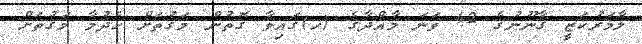
ލާމަރުކަޒީ ގާނޫނުގެ 42 ވަނަ މާއްދާގެ (ހ)ގައިވާ ގޮތުން މަގުތަށް ހެދުމާ މަގުތަށް